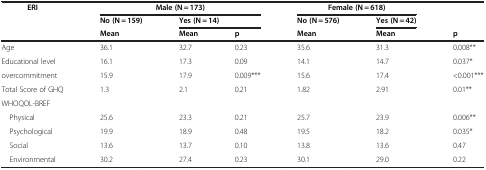
| <ROWSPAN=2> ERI | <COLSPAN=3> Male (N = 173) | <COLSPAN=2> Female (N = 618) | <ROWSPAN=2>  |
 | No (N = 159) | <COLSPAN=2> Yes (N = 14) | No (N = 576) | Yes (N = 42) |
 |  | Mean | Mean | p | Mean | Mean | p |
 | --- | --- | --- | --- | --- | --- | --- |
 | Age | 36.1 | 32.7 | 0.23 | 35.6 | 31.3 | 0.008** |
 | Educational level | 16.1 | 17.3 | 0.09 | 14.1 | 14.7 | 0.037* |
 | overcommitment | 15.9 | 17.9 | 0.009*** | 15.6 | 17.4 | <0.001*** |
 | Total Score of GHQ | 1.3 | 2.1 | 0.21 | 1.82 | 2.91 | 0.01** |
 | WHOQOL-BREF |  |  |  |  |  |  |
 | Physical | 25.6 | 23.3 | 0.21 | 25.7 | 23.9 | 0.006** |
 | Psychological | 19.9 | 18.9 | 0.48 | 19.5 | 18.2 | 0.035* |
 | Social | 13.6 | 13.7 | 0.10 | 13.8 | 13.6 | 0.47 |
 | Environmental | 30.2 | 27.4 | 0.23 | 30.1 | 29.0 | 0.22 |